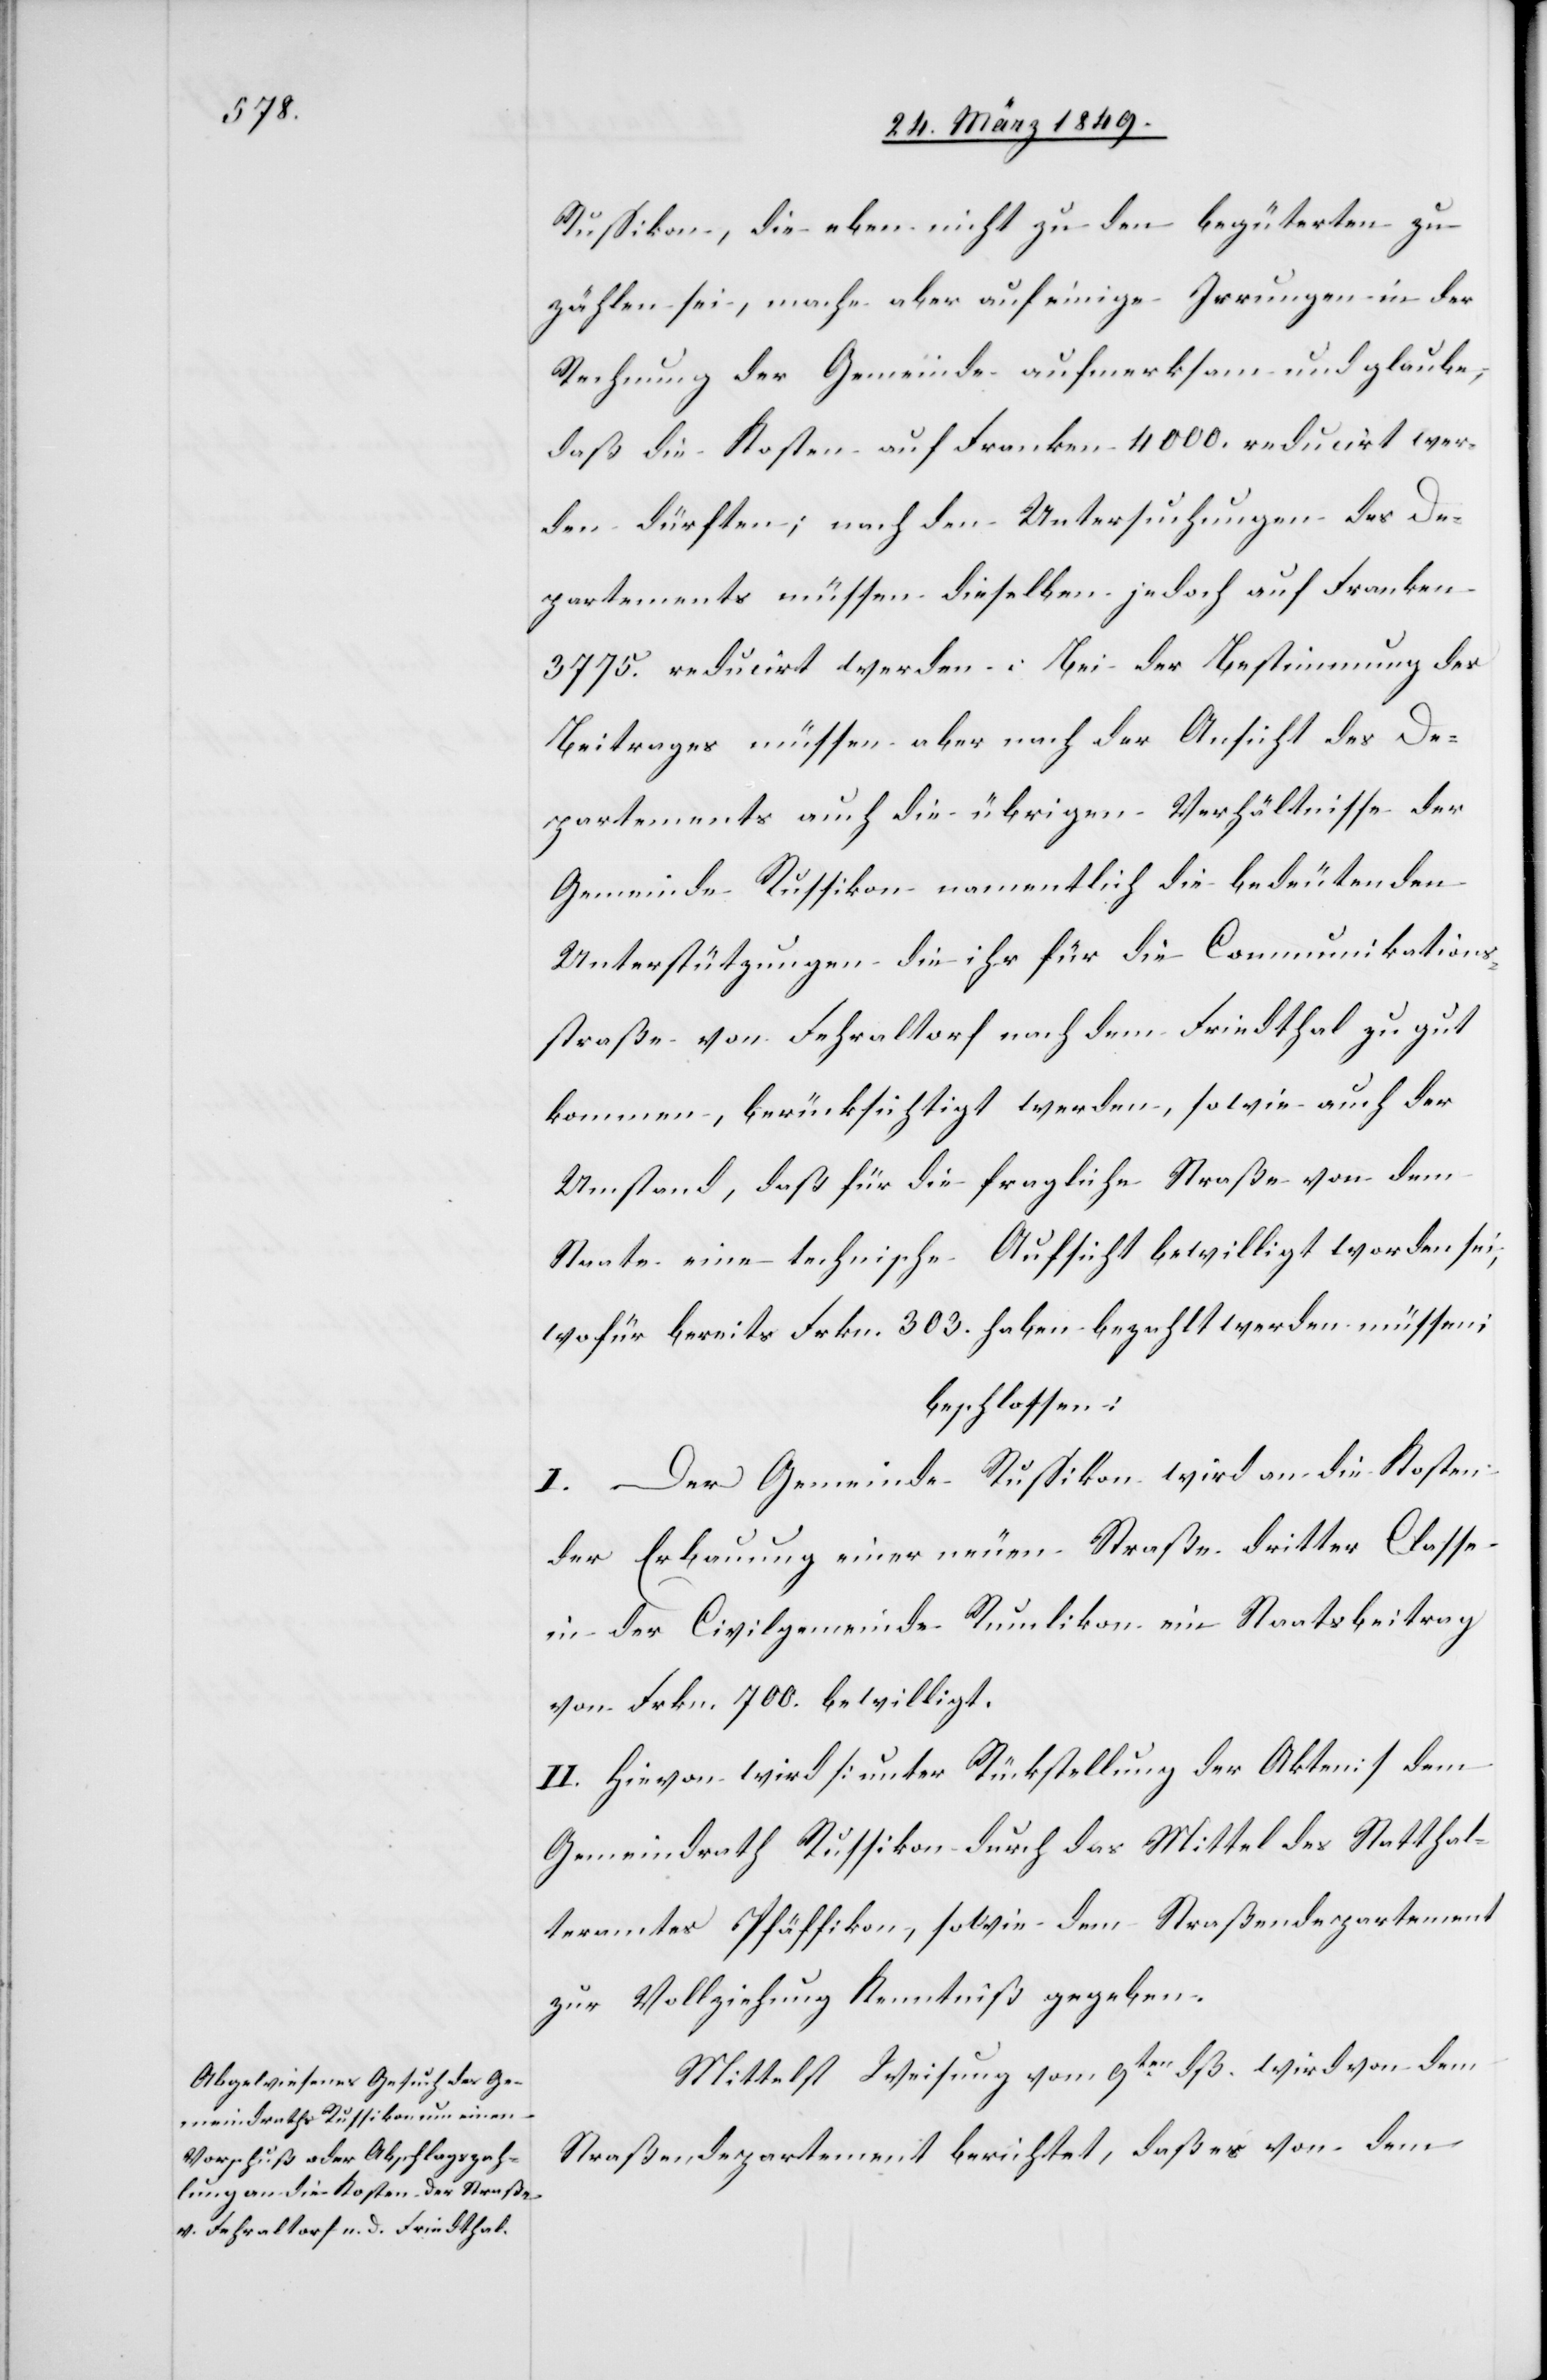
Russikon, die eben nicht zu den begüterten zu
zählen sei, mache aber auf einige Irrungen in der
Rechnung der Gemeinde aufmerksam und glaube,
daß die Kosten auf Franken 4000. reducirt wer¬
den dürften; nach den Untersuchungen des De¬
partements müssen dieselben jedoch auf Franken
3775. reducirt werden. Bei der Bestimmung des
Beitrages müssen aber nach der Ansicht des De¬
partements auch die übrigen Verhältnisse der
Gemeinde Russikon namentlich die bedeutenden
Unterstützungen die ihr für die Communikations¬
straße von Fehraltorf nach dem Friedthal zu gut
kommen, berücksichtigt werden, sowie auch der
Umstand, daß für die fragliche Straße von dem
Staate eine technische Aufsicht bewilligt worden sei;
wofür bereits Frkn. 303. haben bezahlt werden müssen;
beschlossen:
I. Der Gemeinde Russikon wird an die Kosten
der Erbauung einer neuen Straße dritter Classe
in der Civilgemeinde Rumlikon ein Staatsbeitrag
von Frkn. 700. bewilligt.
II. Hievon wird [unter Rückstellung der Akten] dem
Gemeindrath Russikon durch das Mittel des Statthal¬
teramtes Pfäffikon, sowie dem Straßendepartement
zur Vollziehung Kenntniß gegeben.
Mittelst Weisung vom 9ten. dß. wird von dem
Straßendepartement berichtet, daß es von dem